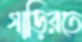
গাড়িরতে